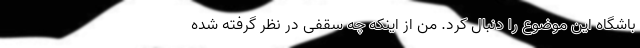
باشگاه این موضوع را دنبال کرد. من از اینکه چه سقفی در نظر گرفته شده